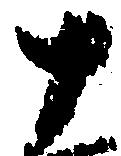
十